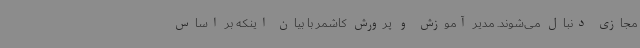
مجازی دنبال می‌شوند. مدیر آموزش‌ و پرورش کاشمر با بیان اینکه بر اساس